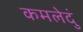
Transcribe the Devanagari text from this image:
कमलेदुं